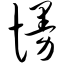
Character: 慢